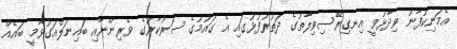
އެމަނިކުފާނު ވިދާޅުވީ އިނގިރޭސިވިލާތުގެ ދަތުރުފުޅުގައި އެ ގައުމުގެ ސަރުކާރުގެ ވެރިންނާއި ބައިނަލްއަގުވާމީ ބައެއް